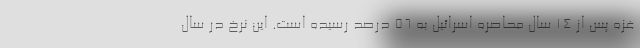
غزه پس از 14 سال محاصره اسرائیل به 56 درصد رسیده است. این نرخ در سال